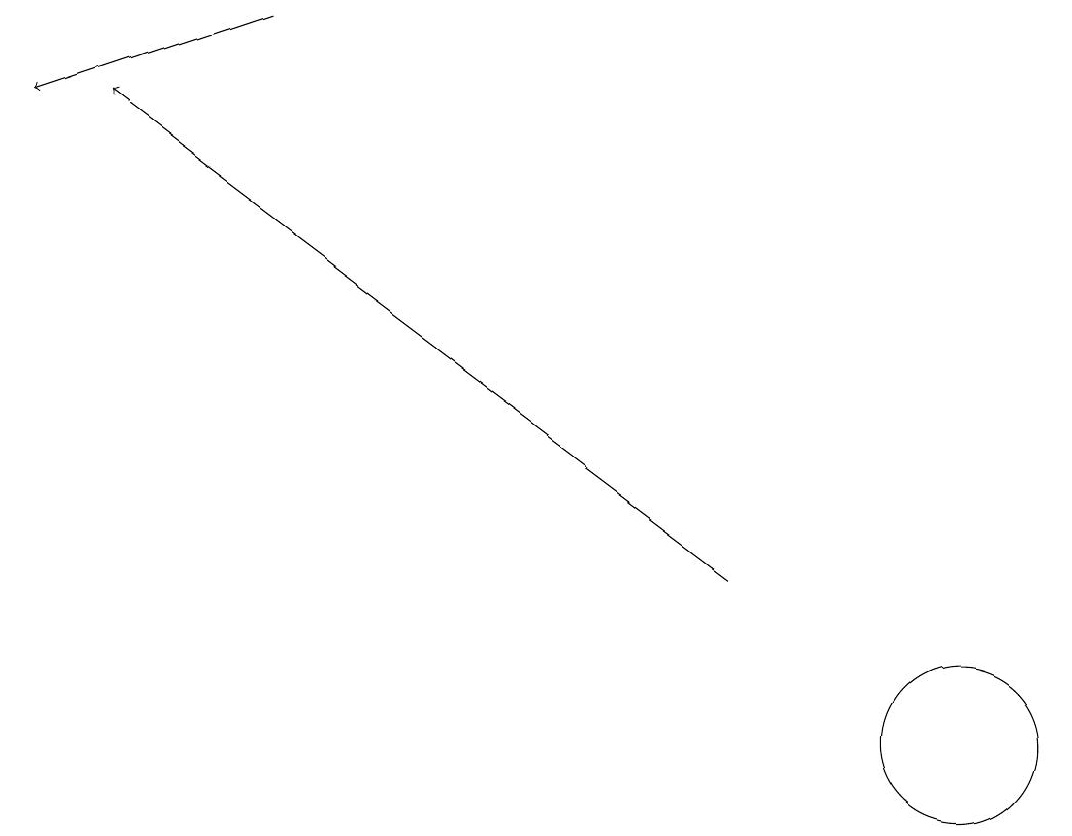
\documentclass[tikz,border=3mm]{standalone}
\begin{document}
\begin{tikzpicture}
\draw (12,10) circle (1);
\draw[->] (9,12) -- (1,18);
\draw[->] (3,19) -- (0,18);
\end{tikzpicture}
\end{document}